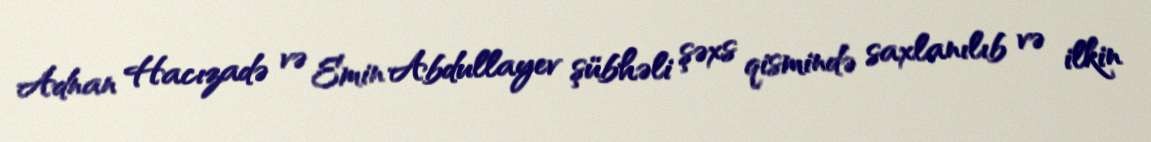
Adnan Hacızadə və Emin Abdullayev şübhəli şəxs qismində saxlanılıb və ilkin